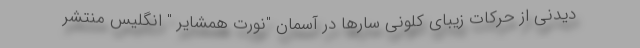
دیدنی از حرکات زیبای کلونی سارها در آسمان "نورت همشایر " انگلیس منتشر